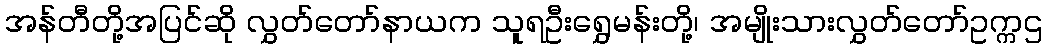
အန်တီတို့အပြင်ဆို လွှတ်တော်နာယက သူရဦးရွှေမန်းတို့၊ အမျိုးသားလွှတ်တော်ဥက္ကဌ